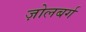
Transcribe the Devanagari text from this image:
ज़ोलबर्ग